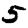
Digit: 5